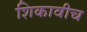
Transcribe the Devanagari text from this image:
शिकावीच